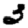
Digit: 3